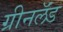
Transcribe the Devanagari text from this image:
ग्रीनलॅंड